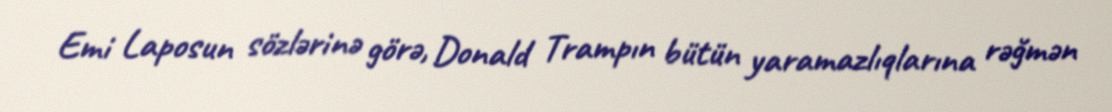
Emi Laposun sözlərinə görə, Donald Trampın bütün yaramazlıqlarına rəğmən